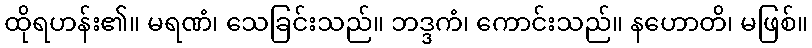
ထိုရဟန်း၏။ မရဏံ၊ သေခြင်းသည်။ ဘဒ္ဒကံ၊ ကောင်းသည်။ နဟောတိ၊ မဖြစ်။